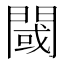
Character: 閾